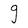
Character: g